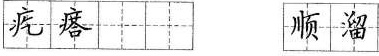
疙瘩顺溜